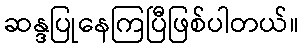
ဆန္ဒပြုနေကြပြီဖြစ်ပါတယ်။